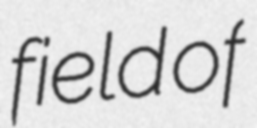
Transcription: field of